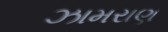
ઝામરાણ